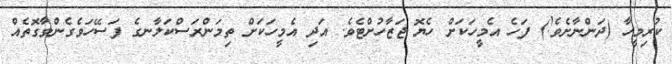
ކުރިމީހާ (ދަންނާށެވެ!) ފަހެ އެމީހަކަށް ހެޔޮ ޖަޒާހުށްޓެވެ. އަދި އެމީހަކަށް ތިމަންރަސްކަލާނގެ ފަސޭހަވެގެންވާގޮތެއް